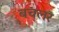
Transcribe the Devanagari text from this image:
बचलर